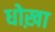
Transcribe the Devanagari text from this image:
धोख़ा